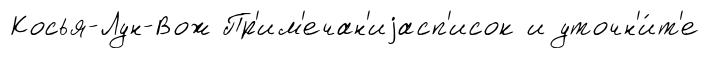
Косья-Лун-Вож Пр'им'ечан'иjасп'исок и уточн'и́т'е